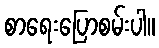
စာရေးပြောစမ်းပါ။